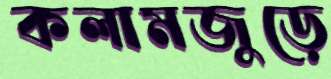
কলামজুড়ে